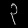
Digit: ၃